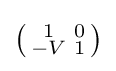
\left({\begin{smallmatrix}1&0\\-V&1\end{smallmatrix}}\right)